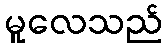
မူလေသည်